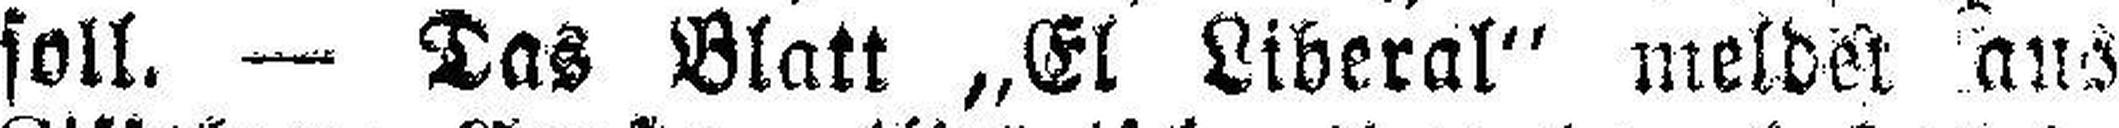
soll. — Das Blatt „El Liberal“ meldet aus